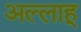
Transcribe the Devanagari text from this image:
अल्लाहू